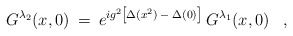
\begin{align*}G^{\lambda_2}(x,0) \> = \> e^{i g^2 \left [\Delta(x^2) \> - \> \Delta(0) \right ] } \> G^{\lambda_1}(x,0) \;\;\;,\end{align*}